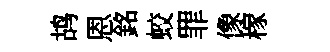
鸪恩銘蛟罪像稼